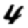
Digit: 4